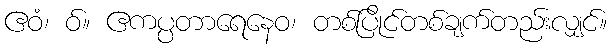
ဧဝံ၊ ဝ်။ ဧကပ္ပတာရေနေဝ၊ တစ်ပြိုင်တစ်ချက်တည်းလျှင်။